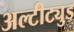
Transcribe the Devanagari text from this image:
अल्टीट्युड